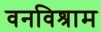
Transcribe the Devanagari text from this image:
वनविश्राम